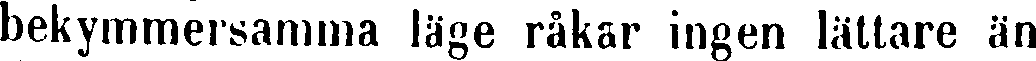
bekymmersamma läge råkar ingen lättare än